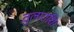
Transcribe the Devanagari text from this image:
तुलाराशि।